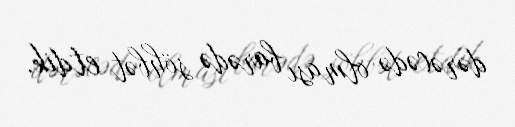
dərəcədə olması barədə söhbət etdik.